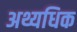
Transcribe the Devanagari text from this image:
अथ्यधिक